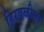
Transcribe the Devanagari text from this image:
हिरवळीला